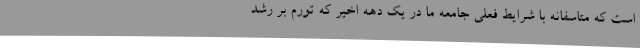
است که متاسفانه با شرایط فعلی جامعه ما در یک دهه اخیر که تورم بر رشد